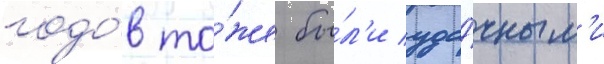
годо́в то́же бы́л'и уда́чным'и